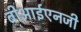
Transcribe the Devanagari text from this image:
बीआईएनजी